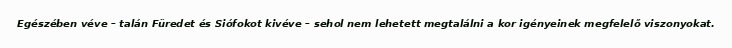
Egészében véve – talán Füredet és Siófokot kivéve – sehol nem lehetett megtalálni a kor igényeinek megfelelő viszonyokat.